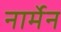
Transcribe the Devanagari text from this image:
नार्मेन